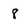
Character: 8